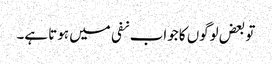
تو بعض لوگوں کا جواب نفی میں ہوتا ہے۔